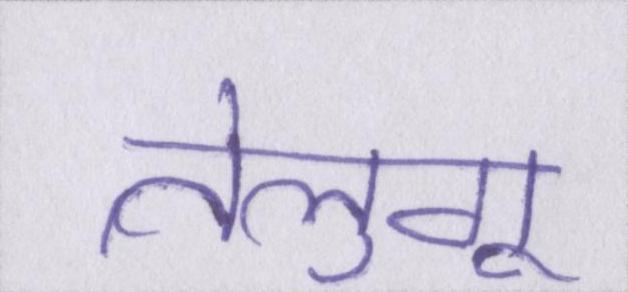
तेलुगू